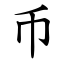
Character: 币